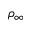
\rho _ { \infty }